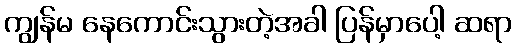
ကျွန်မ နေကောင်းသွားတဲ့အခါ ပြန်မှာပေါ့ ဆရာ